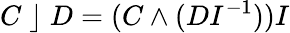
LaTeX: C\; \rfloor\; D=(C\wedge(DI^{-1}))I